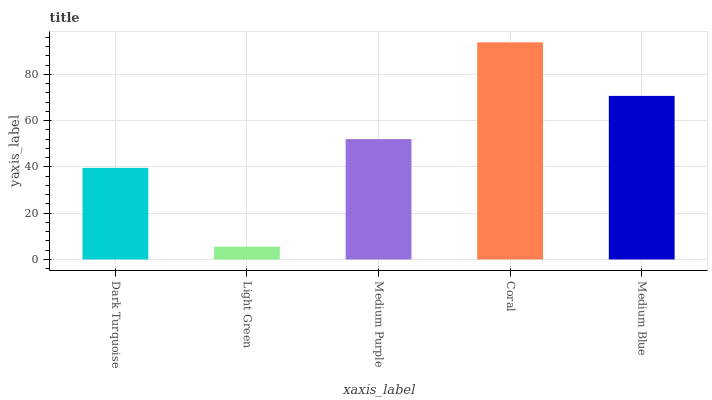
| xaxis_label | bars |
 | --- | --- |
 | Dark Turquoise | 39.6 |
 | Light Green | 5.55 |
 | Medium Purple | 52 |
 | Coral | 93.9 |
 | Medium Blue | 70.7 |